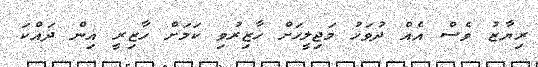
ރިޔާޒު ވެސް އެއް ދުވަހު މަޖިލީހަށް ހާޒިރުވި ކަމަށް ހާޒިރީ އިން ދައްކަ